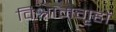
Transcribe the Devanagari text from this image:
विश्रामगृहों